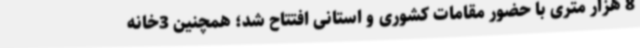
8 هزار متری با حضور مقامات کشوری و استانی افتتاح شد؛ همچنین 3خانه